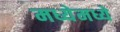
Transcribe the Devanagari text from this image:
मध्येमध्ये